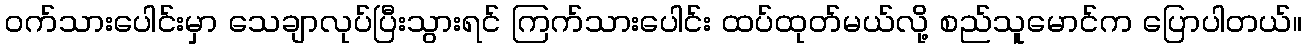
ဝက်သားပေါင်းမှာ သေချာလုပ်ပြီးသွားရင် ကြက်သားပေါင်း ထပ်ထုတ်မယ်လို့ စည်သူမောင်က ပြောပါတယ်။